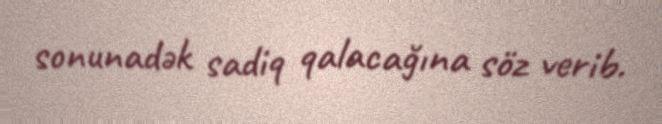
sonunadək sadiq qalacağına söz verib.